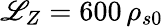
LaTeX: \mathscr{L}_{Z}=600\, \rho_{s0}